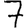
Digit: 7